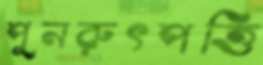
পুনরুৎপত্তি